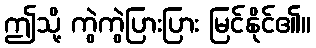
ဤသို့ ကွဲကွဲပြားပြား မြင်နိုင်၏။